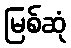
မြစ်ဆုံ